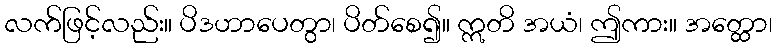
လက်ဖြင့်လည်း။ ပိဒဟာပေတွာ၊ ပိတ်စေ၍။ ဣတိ အယံ၊ ဤကား။ အတ္ထော၊